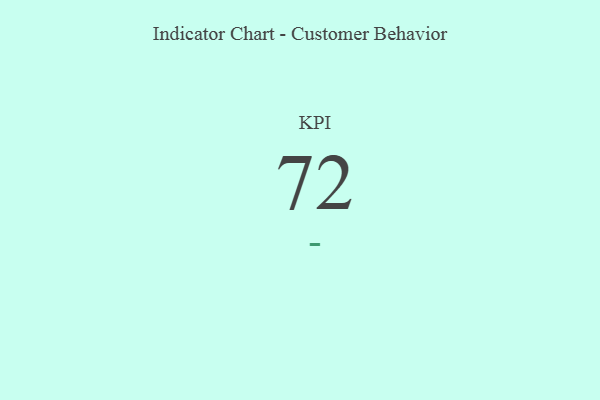
{"axis": {"x": "KPI", "y": "Value"}, "legend": [""], "data": [{"x": "KPI", "y": 72, "type": ""}]}